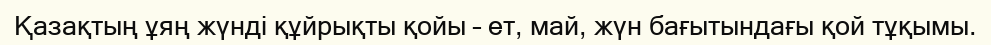
Қазақтың ұяң жүнді құйрықты қойы – ет, май, жүн бағытындағы қой тұқымы.